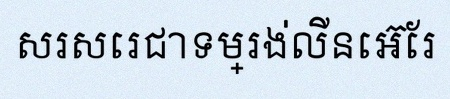
សរសេរជាទម្រង់លីនេអ៊ែរ